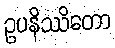
ဥပနိဿိတော